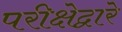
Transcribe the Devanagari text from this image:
परीक्षेद्वारे